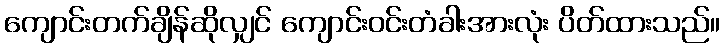
ကျောင်းတက်ချိန်ဆိုလျှင် ကျောင်းဝင်းတံခါးအားလုံး ပိတ်ထားသည်။